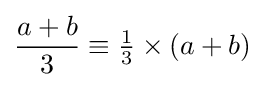
{\frac {a+b}{3}}\equiv {\tfrac {1}{3}}\times (a+b)